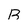
Character: B